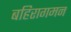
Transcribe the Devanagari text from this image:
बहिरागमन